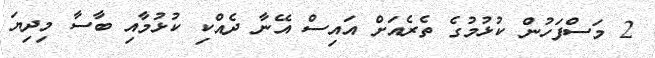
2 މަސްފަހުން ކުޅުމުގެ ތެރެއަށް އައިސް އޭނާ ދެއްކި ކުޅުމާއި ބާސާ މިދިޔަ